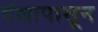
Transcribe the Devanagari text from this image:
दंशापासून